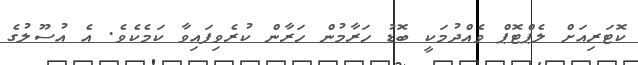
ކޮޓަރިއަށް ލެޕްޓޮޕް ވެއްދުމަކީ ބޮޑު ހަރާމުން ހަރާން ކުރެވިފައިވާ ކަމެކެވެ. އެ އުސޫލުގެ